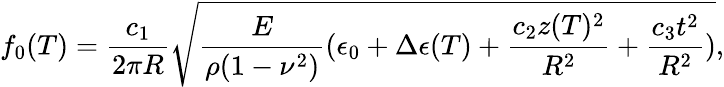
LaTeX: f_{0}(T)=\frac{c_{1}}{2\pi R}\sqrt{\frac{E}{\rho(1-\nu^{2})}(\epsilon_{0}+\Delta\epsilon(T)+\frac{c_{2}z(T)^{2}}{R^{2}}+\frac{c_{3}t^{2}}{R^{2}})},